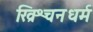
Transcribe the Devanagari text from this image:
ख्रिश्चनधर्म